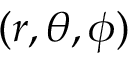
( r , \theta , \phi )